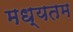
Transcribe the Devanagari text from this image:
मध्यतम